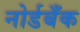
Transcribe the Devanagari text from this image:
नोर्डबँक